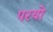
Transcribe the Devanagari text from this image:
परयो